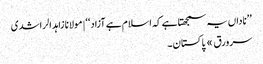
’’ناداں یہ سمجھتا ہے کہ اسلام ہے آزاد‘‘ | مولانا زاہد الراشدی
سرورق » پاکستان ۔